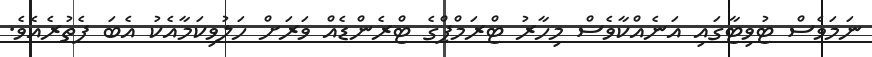
ނަމަވެސް ޓުވިޓާގައި އަނެއްކާވެސް މިހާރު ޓްރަމްޕްގެ ޓްރެންޑެއް ވަރަށް ހަލުވިކަމާއެކު އެބަ ފެތުރެއެވެ.